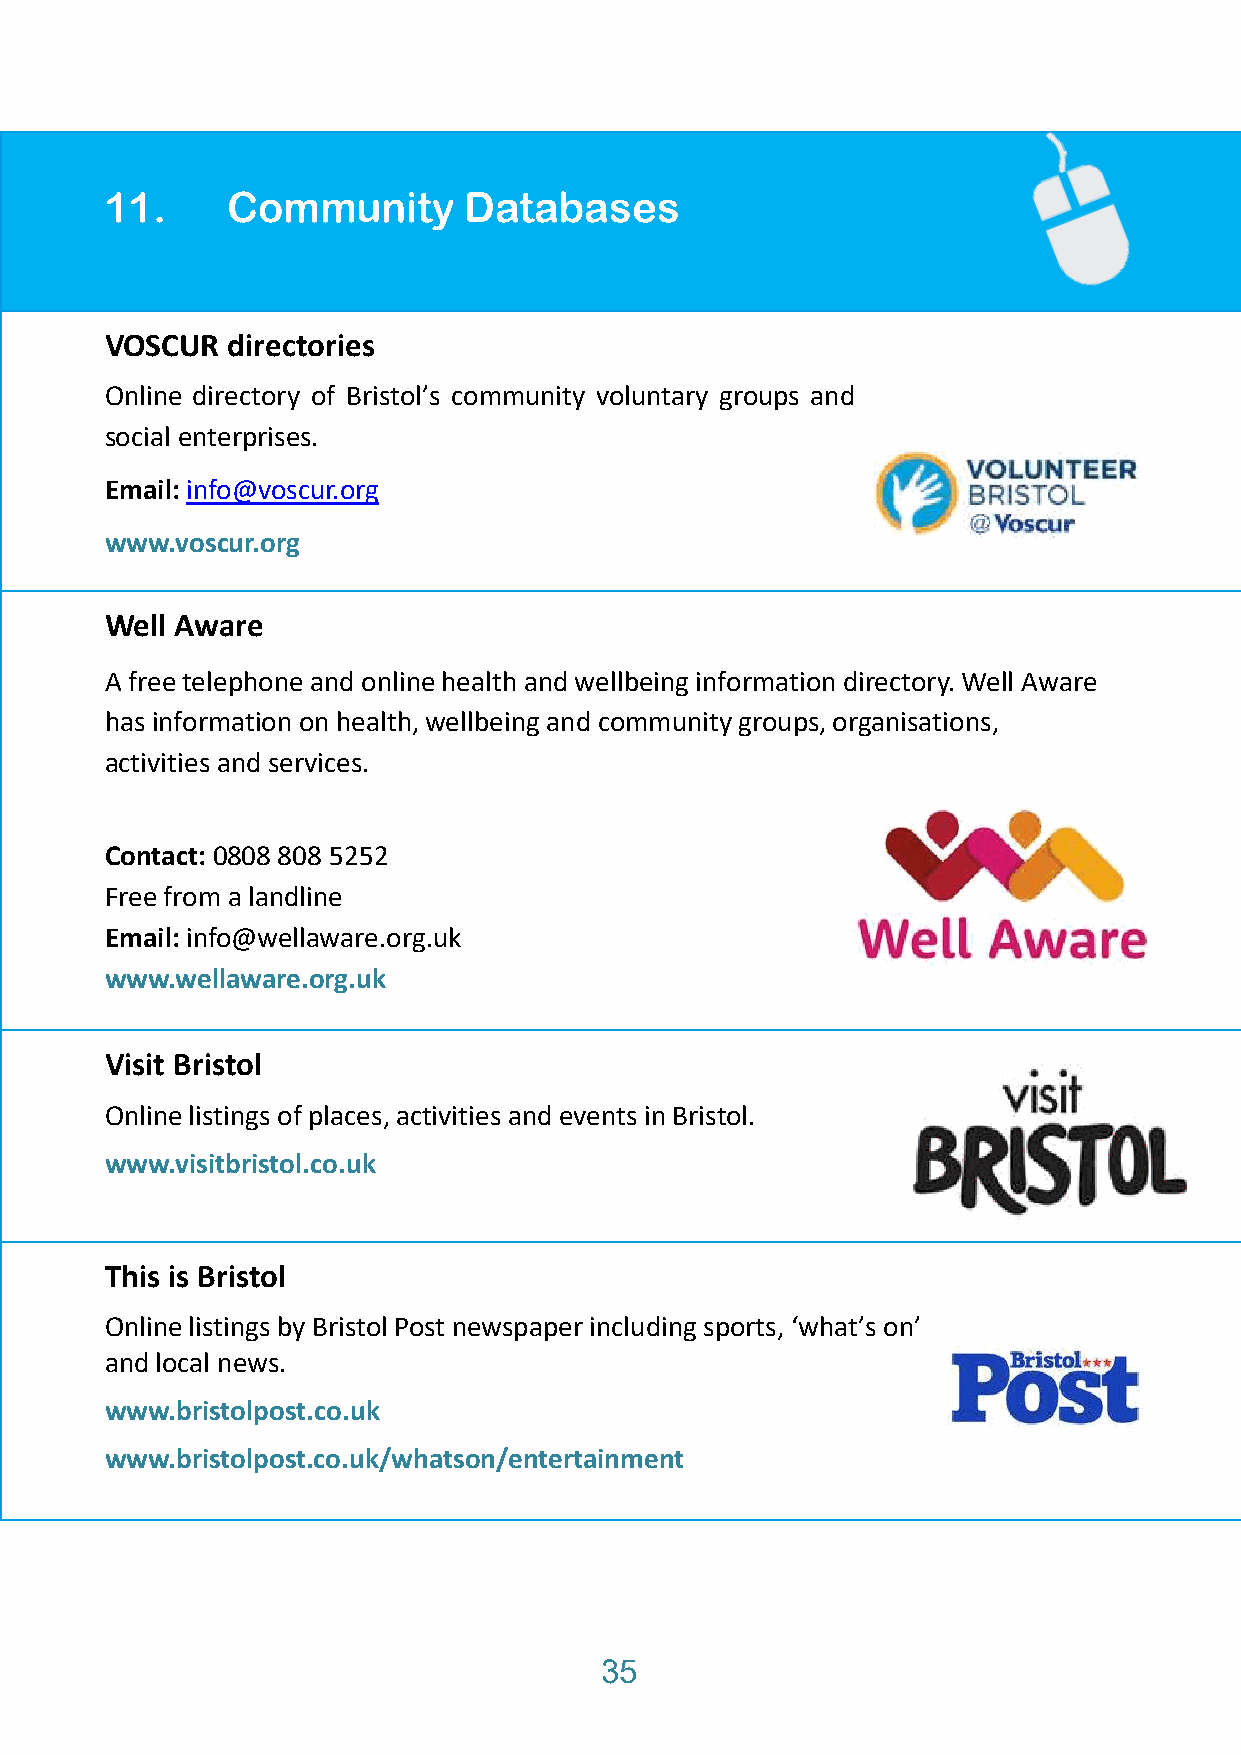
11.     Community       Databases
 VOSCUR  directories
 Online directory of Bristol’s community voluntary groups and
 social enterprises.
 Email: info@voscur.org
 www.voscur.org
 Well Aware
 A free telephone and online health and wellbeing information directory. Well Aware
 has information on health, wellbeing and community groups, organisations,
 activities and services.
 Contact: 0808 808 5252
 Free from a landline
 Email: info@wellaware.org.uk
 www.wellaware.org.uk
 Visit Bristol
 Online listings of places, activities and events in Bristol.
 www.visitbristol.co.uk
 This is Bristol
 Online listings by Bristol Post newspaper including sports, ‘what’s on’
 and local news.
 www.bristolpost.co.uk
 www.bristolpost.co.uk/whatson/entertainment
 35